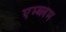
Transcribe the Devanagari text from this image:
एम्ब्लम